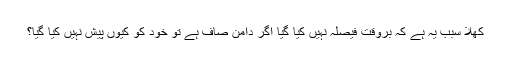
کھلا سبب یہ ہے کہ بروقت فیصلہ نہیں کیا گیا اگر دامن صاف ہے تو خود کو کیوں پیش نہیں کیا گیا؟